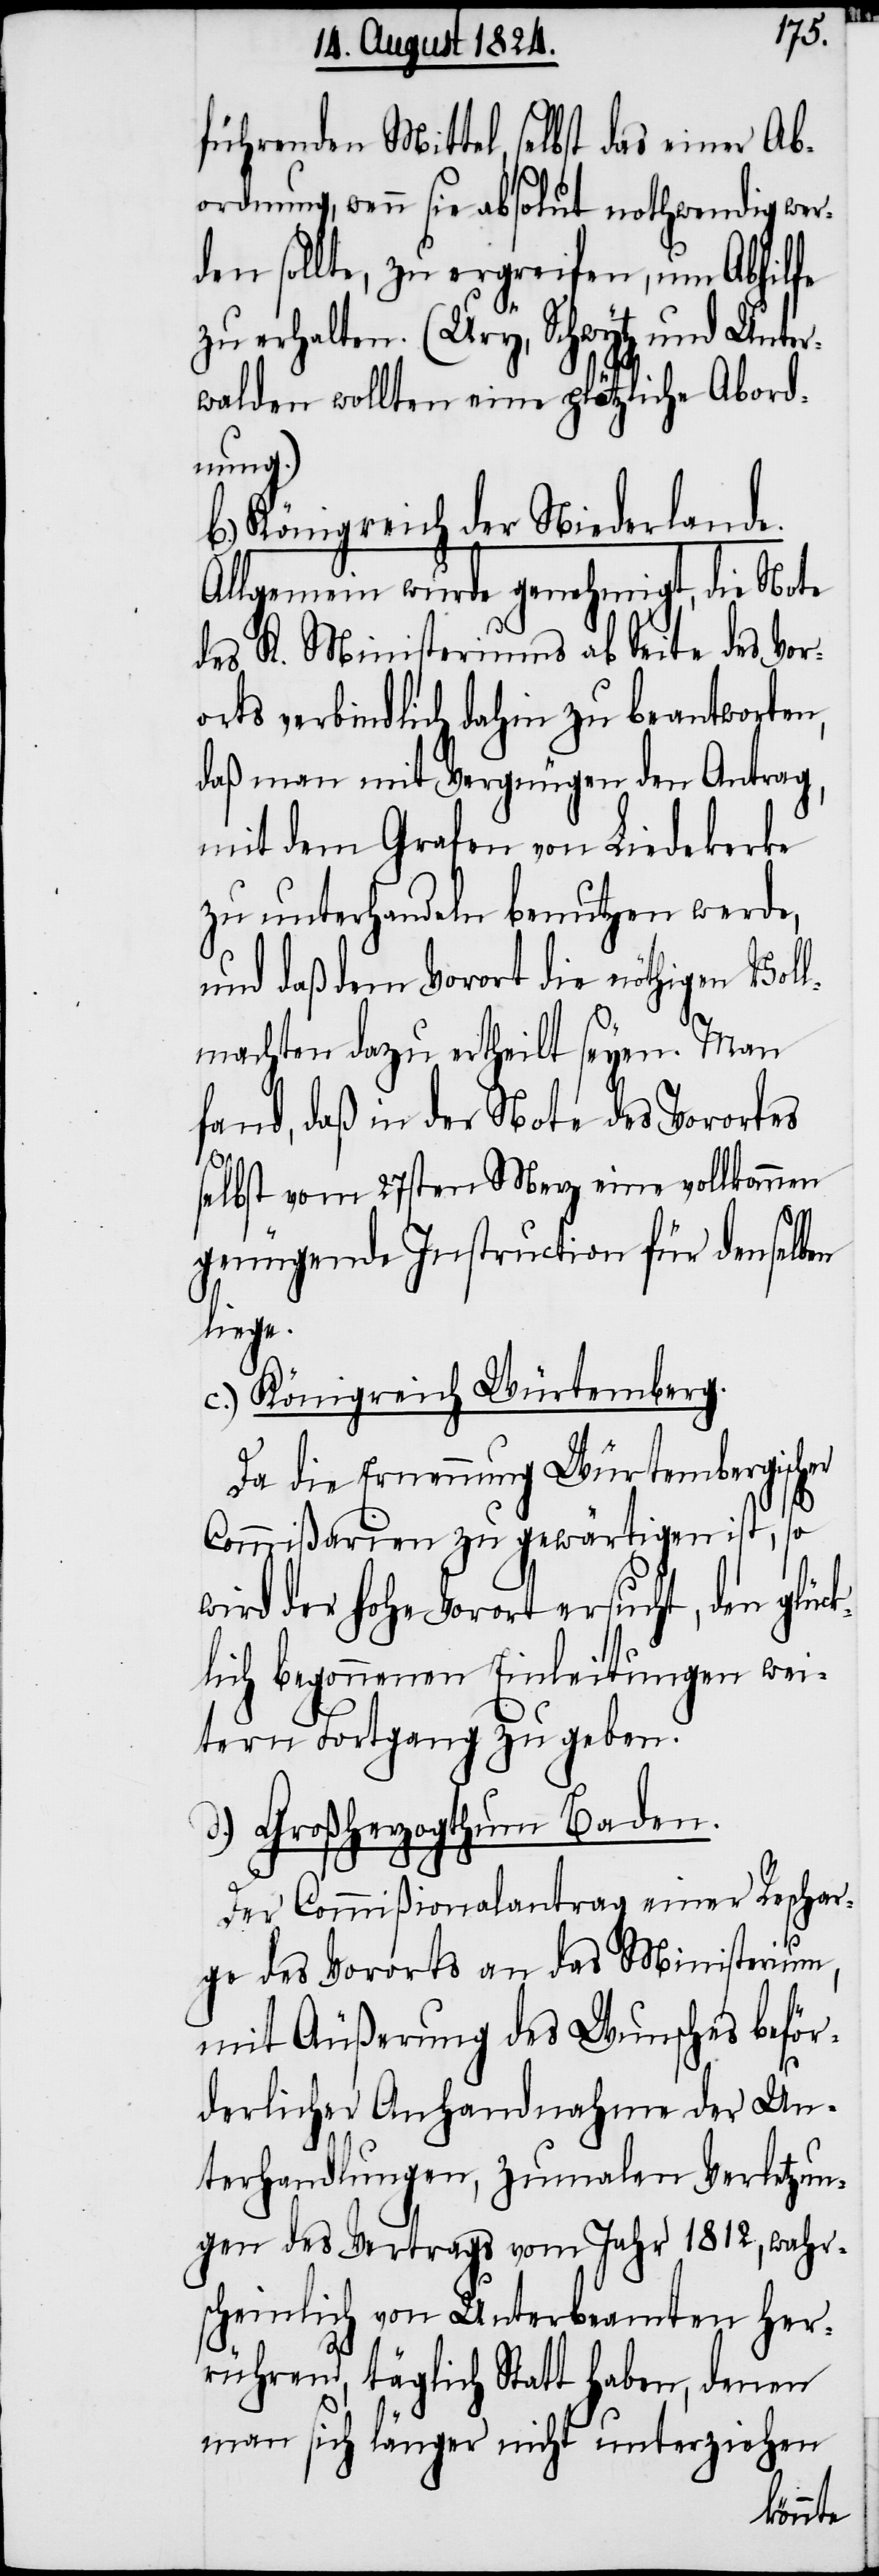
führenden Mittel, selbst das einer Ab¬
ordnung, wenn sie absolut nothwendig wer¬
den sollte, zu ergreifen, um Abhilfe
zu erhalten. (Ury, Schwytz und Unter¬
walden wollten eine plötzliche Abord¬
nung.)
b.) Königreich der Niederlande.
Allgemein wurde genehmigt, die Note
des K. Ministeriums ab Seite des Vor¬
orts verbindlich dahin zu beantworten,
daß man mit Vergnügen den Antrag,
mit dem Grafen von Liedekerke
zu unterhandeln benutzen werde,
und daß dem Vorort die nöthigen Voll¬
machten dazu ertheilt seyen. Man
fand, daß in der Note des Vorortes
selbst vom 27sten Merz eine vollkommen
genügende Instruction für denselben
liege.
c.) Königreich Würtemberg.
Da die Ernennung Würtembergischer
Commißarien zu gewärtigen ist, so
wird der hohe Vorort ersucht, den glüc¬
klich begonnenen Einleitungen wei¬
tern Fortgang zu geben.
d.) Großherzogthum Baden.
Der Commißionalantrag einer Reschar¬
ge des Vororts an das Ministerium,
mit Äußerung des Wunsches beför¬
derlicher Anhandnahme der Un¬
terhandlungen, zumalen Verletzun¬
gen des Vertrags vom Jahr 1812, wahr¬
scheinlich von Unterbeamten her¬
rührend, täglich Statt haben, denen
man sich länger nicht unterziehen